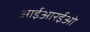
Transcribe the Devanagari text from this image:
आईआरईओ